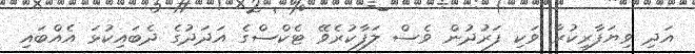
އަދި ވިޔަފާރިކުރާ ވަކި ފަރުދުން ވެސް ލަފާކުރެވޭ ޓެކްސްގެ އަދަދުގެ ދެބައިކުޅަ އެއްބައި